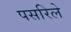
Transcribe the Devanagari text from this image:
पसरिले